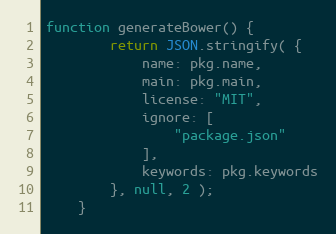
Language: JavaScript
function generateBower() {
		return JSON.stringify( {
			name: pkg.name,
			main: pkg.main,
			license: "MIT",
			ignore: [
				"package.json"
			],
			keywords: pkg.keywords
		}, null, 2 );
	}